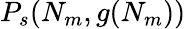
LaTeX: P_{s}(N_{m},g(N_{m}))